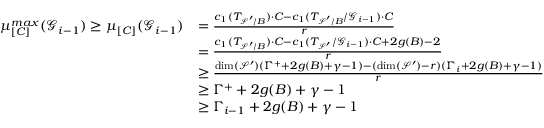
\begin{array} { r l } { \mu _ { [ C ] } ^ { m a x } ( \mathcal { G } _ { i - 1 } ) \geq \mu _ { [ C ] } ( \mathcal { G } _ { i - 1 } ) } & { = \frac { c _ { 1 } ( T _ { \mathcal { S } ^ { \prime } / B } ) \cdot C - c _ { 1 } ( T _ { \mathcal { S } ^ { \prime } / B } / \mathcal { G } _ { i - 1 } ) \cdot C } { r } } \\ & { = \frac { c _ { 1 } ( T _ { \mathcal { S } ^ { \prime } / B } ) \cdot C - c _ { 1 } ( T _ { \mathcal { S } ^ { \prime } } / \mathcal { G } _ { i - 1 } ) \cdot C + 2 g ( B ) - 2 } { r } } \\ & { \geq \frac { \dim ( \mathcal { S } ^ { \prime } ) ( \Gamma ^ { + } + 2 g ( B ) + \gamma - 1 ) - ( \dim ( \mathcal { S } ^ { \prime } ) - r ) ( \Gamma _ { i } + 2 g ( B ) + \gamma - 1 ) } { r } } \\ & { \geq \Gamma ^ { + } + 2 g ( B ) + \gamma - 1 } \\ & { \geq \Gamma _ { i - 1 } + 2 g ( B ) + \gamma - 1 } \end{array}